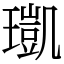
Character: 𤩑